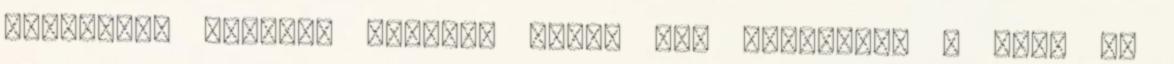
humanista tudatot nevelve bele, míg édesanyja a Tóra és